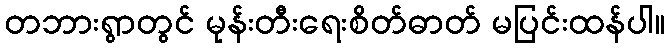
တဘားရွာတွင် မုန်းတီးရေးစိတ်ဓာတ် မပြင်းထန်ပါ။